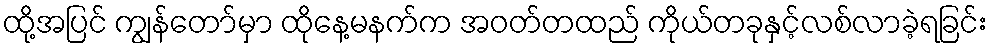
ထို့အပြင် ကျွန်တော်မှာ ထိုနေ့မနက်က အဝတ်တထည် ကိုယ်တခုနှင့်လစ်လာခဲ့ရခြင်း